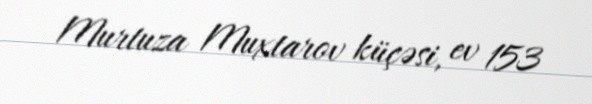
Murtuza Muxtarov küçəsi, ev 153